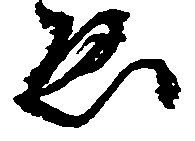
ゑ